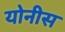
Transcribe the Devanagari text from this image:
योनीस